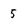
Character: 5